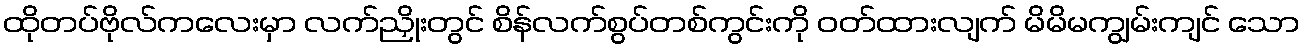
ထိုတပ်ဗိုလ်ကလေးမှာ လက်ညှိုးတွင် စိန်လက်စွပ်တစ်ကွင်းကို ဝတ်ထားလျက် မိမိမကျွမ်းကျင် သော